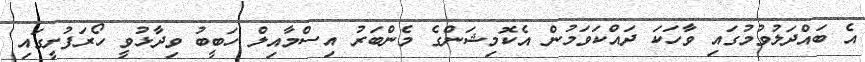
އެ ބައްދަލުވުމުގައި ވާހަކަ ދައްކަވަމުން އެކޮމިޝަންގެ މެންބަރު އިސްމާއިލް ހަބީބު ވިދާޅުވީ ހޯރަފުށީގައި